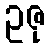
ဥဇု